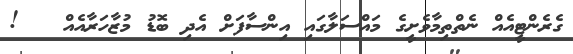
ގެރެންޓީއެއް ނެތްތިމާވެށީގެ މައްސަލާގައި އިންސާފަށް އެދި ބޮޑު މުޒާހަރާއެއް   !